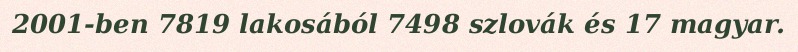
2001-ben 7819 lakosából 7498 szlovák és 17 magyar.